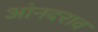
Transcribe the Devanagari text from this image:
आंनदराव